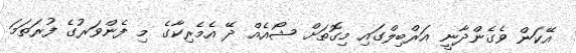
އޭކަން ވެގެންދާނީ އަރްބިލްގައި މިގޮތަށް ޝޯއެއް ދޭ އެމެރިކާގެ މި ފެންވަރުގެ ފުރަތަމަ